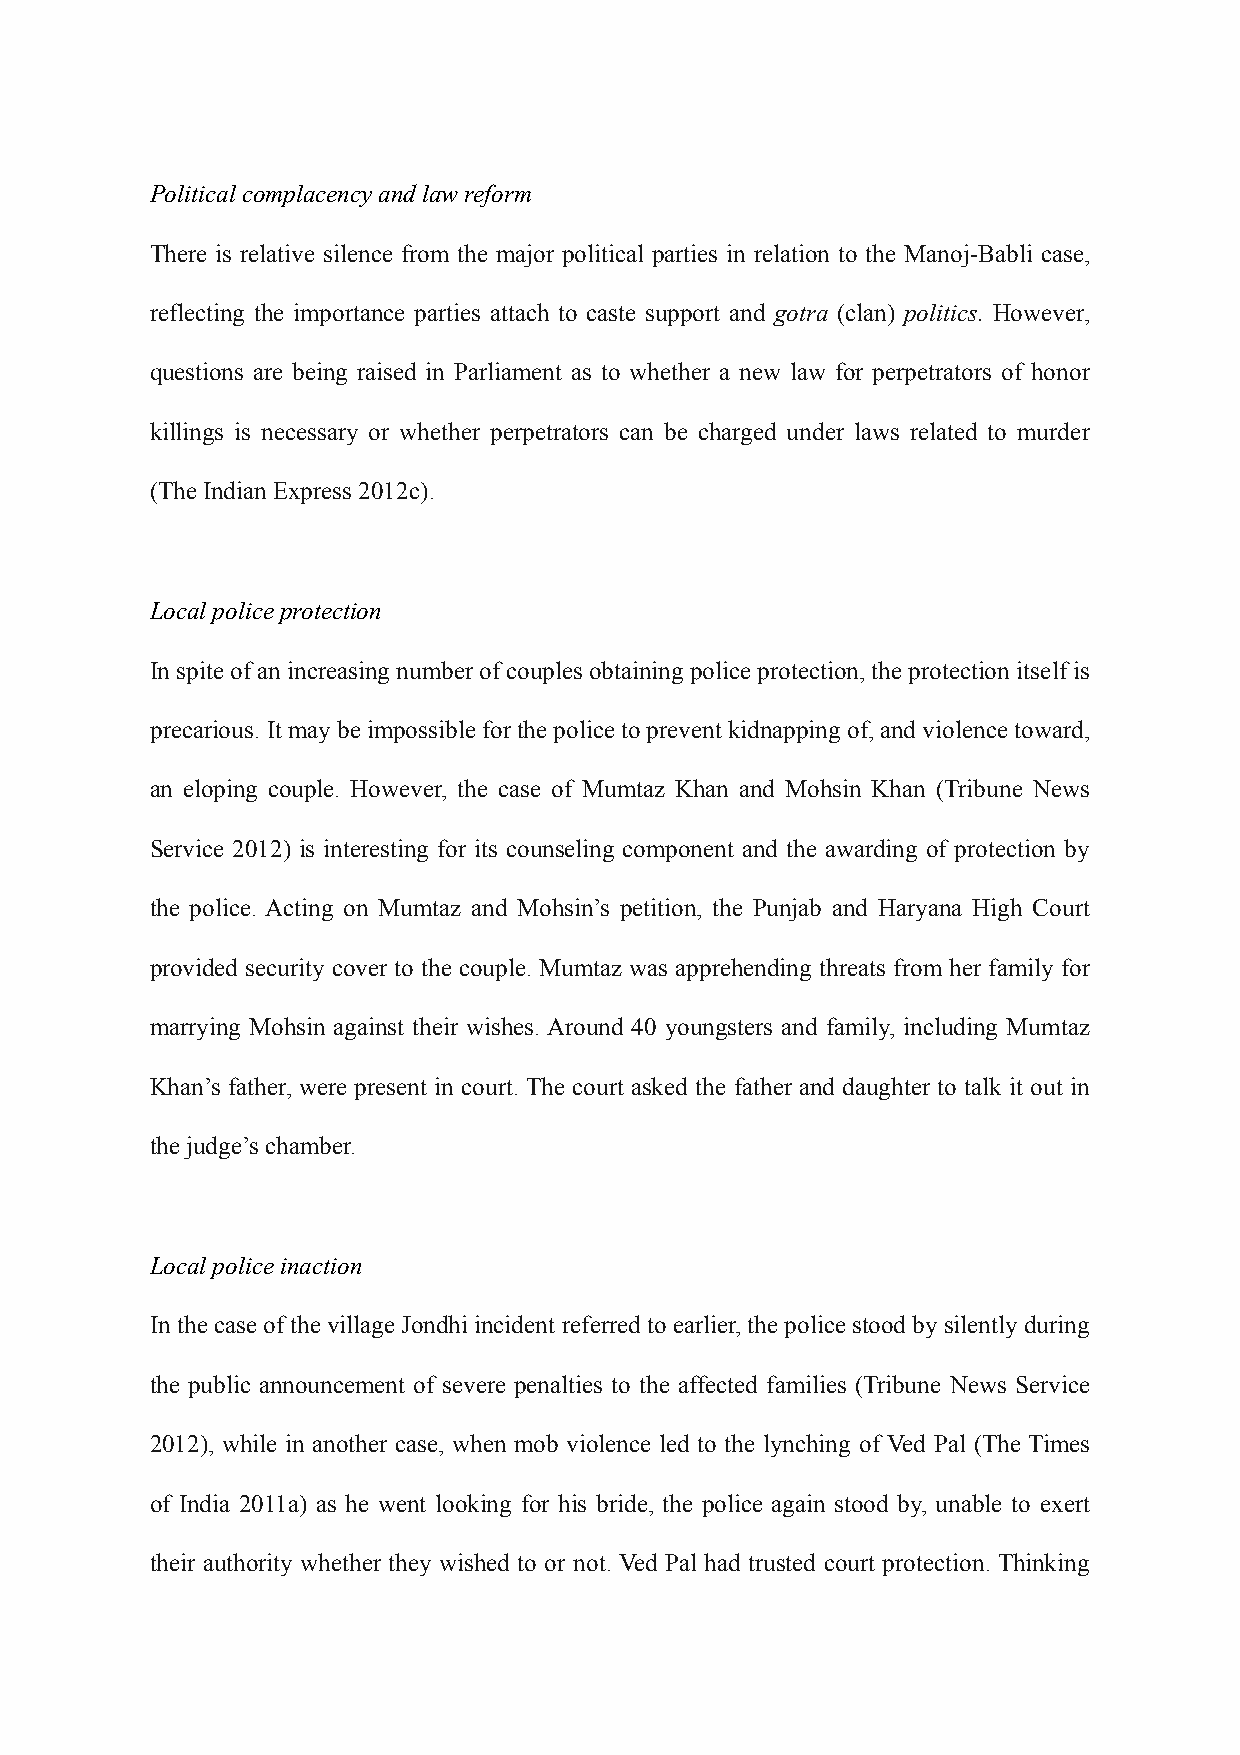
Political complacency and law reform
 There is relative silence from the major political parties in relation to the Manoj-Babli case,
 reflecting the importance parties attach to caste support and gotra (clan) politics. However,
 questions are being raised in Parliament as to whether a new law for perpetrators of honor
 killings is necessary or whether perpetrators can be charged under laws related to murder
 (The Indian Express 2012c).
 Local police protection
 In spite of an increasing number of couples obtaining police protection, the protection itself is
 precarious. It may be impossible for the police to prevent kidnapping of, and violence toward,
 an eloping couple. However, the case of Mumtaz Khan and Mohsin Khan (Tribune News
 Service 2012) is interesting for its counseling component and the awarding of protection by
 the police. Acting on Mumtaz and Mohsin’s petition, the Punjab and Haryana High Court
 provided security cover to the couple. Mumtaz was apprehending threats from her family for
 marrying Mohsin against their wishes. Around 40 youngsters and family, including Mumtaz
 Khan’s father, were present in court. The court asked the father and daughter to talk it out in
 the judge’s chamber.
 Local police inaction
 In the case of the village Jondhi incident referred to earlier, the police stood by silently during
 the public announcement of severe penalties to the affected families (Tribune News Service
 2012), while in another case, when mob violence led to the lynching of Ved Pal (The Times
 of India 2011a) as he went looking for his bride, the police again stood by, unable to exert
 their authority whether they wished to or not. Ved Pal had trusted court protection. Thinking